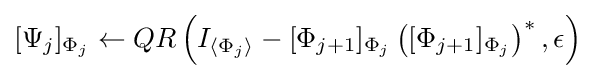
[\Psi _{j}]_{\Phi _{j}}\leftarrow QR\left(I_{\langle \Phi _{j}\rangle }-[\Phi _{j+1}]_{\Phi _{j}}\left([\Phi _{j+1}]_{\Phi _{j}}\right)^{*},\epsilon \right)